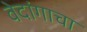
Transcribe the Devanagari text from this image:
वेदांगाचा